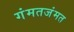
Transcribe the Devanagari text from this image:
गंमतजंमत